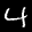
Label: 4